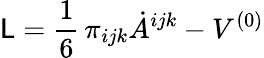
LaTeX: {\cal\mathsf{L}}=\frac{{1}}{{6}}\, \pi_{ijk}\dot{{A}}^{ijk}-V^{(0)}